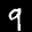
Label: 9